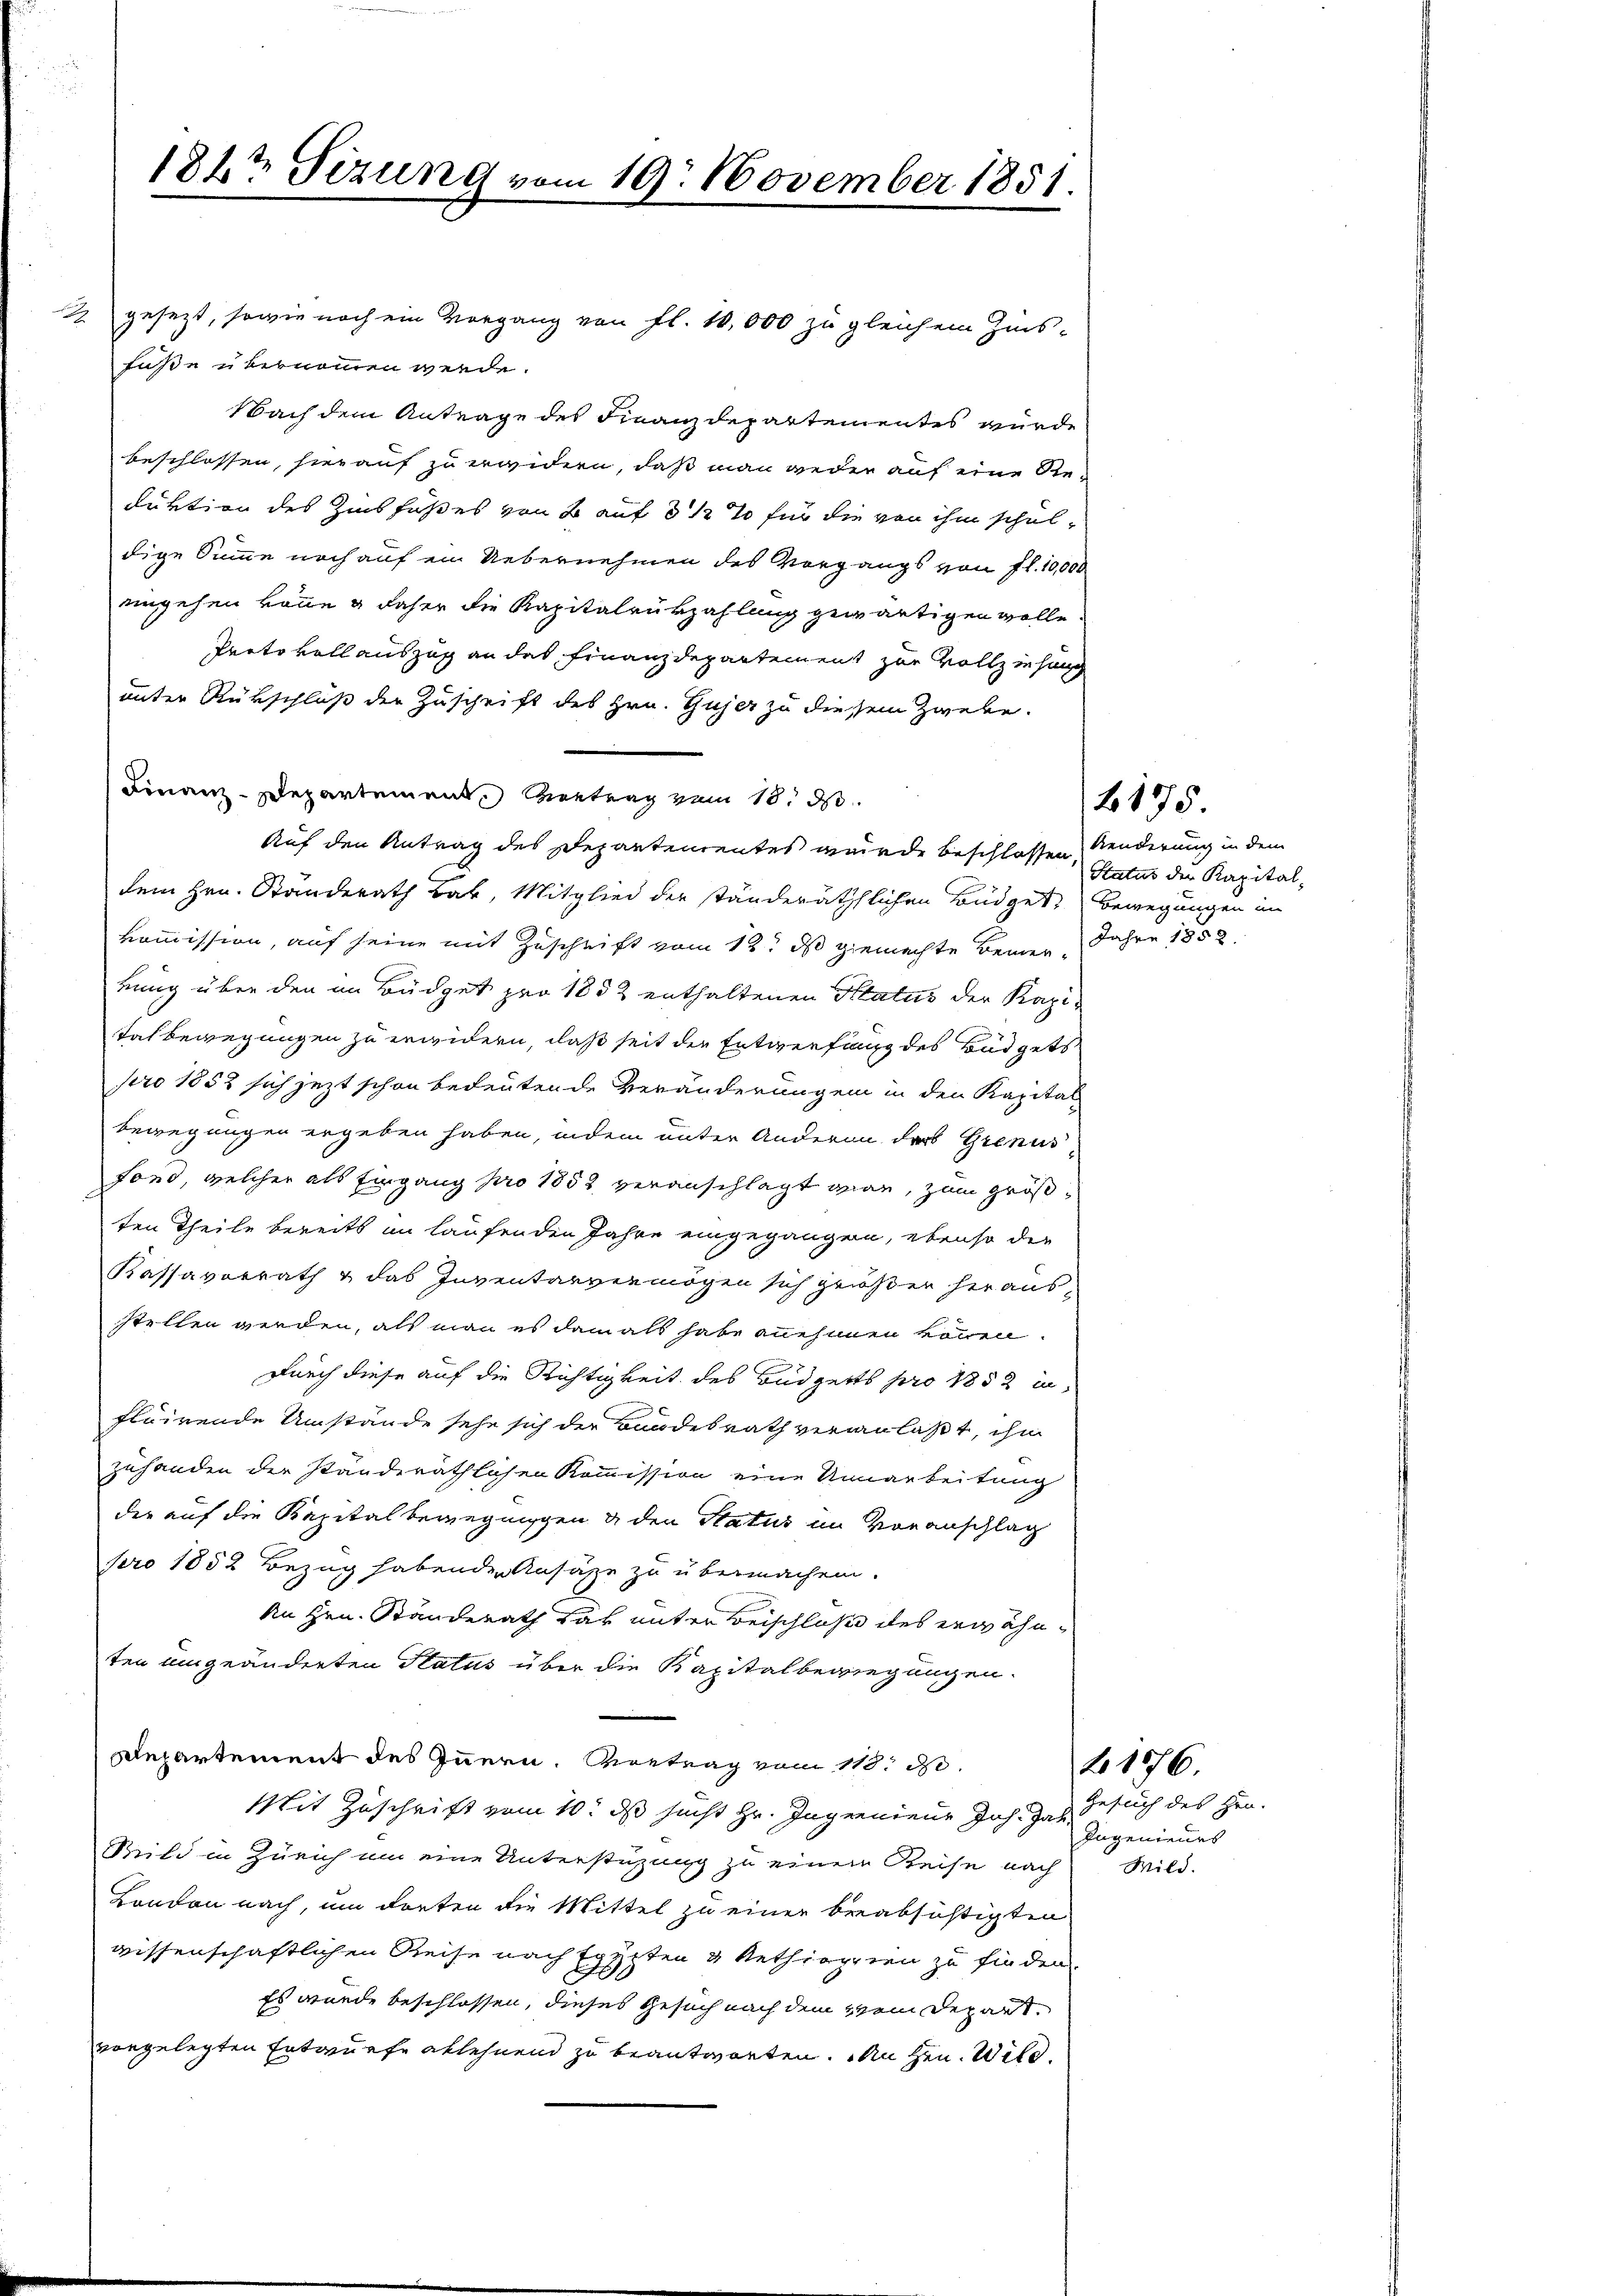
1822 Tizung vom 19. November 1851.

F
gesezt, sowie noch ein Vorgang von fl. 10,000 zu gleichem Zins-
füße übernommen werde.
Nach dem Antrage des Finanzdepartementes wurde
beschlossen, hierauf zu erwidern, daß man wieder auf eine Reduktion des Zinsfußes von B auf 8 ½ % für die von ihm schuldige Summe noch auf ein Uebernehmen des Vorgangs von fl. 10,000
engehen könne & daher die Kapitalrükzahlung gewärtigen wolle
Protokoll auszug an das Finanzdepartement zur Vollziehung
unter Rükschluß der Zuschrift des Hrn. Gujer zu diesem Zwebe.
Finanz-Departement entrag vom 18. d
Auf den Antrag des Departenrentes wurde beschlossen Kinderung in dem
dem Hrn. Standerath Bar, Mitglied der ständeräthlichen Büdget, Bewegungen im
kommission, auf seine mit Zuschrift vom 12t ds gemachte Bemer- Jahre 1852
rung über den im Büdget pro 1852 enthaltenen Status der Kapitalbewegungen zu erwidern, daß seit der Entwerfung des Büdgets
pro 1852 sich jezt schon bedeutende Veränderungen in den Kapital
bewegungen ergeben haben, indem unter Anderen der Grenus
fono, welcher als Eingang pro 1852 veranschlagt war, zum größten Theile bereits im laufenden Jahre eingegangen, ebenso der
Kassavorrath & das Inventarvermögen sich größer heraus-
stellen werden, als man es damals habe annehmen können.
Durch diese auf die Richtigkeit des Büdgets pro 1882 in
fluirende Umstände sehe sich der Bundesrath veranlaßt, ihm
zuhanden der standeräthlichen Kommission eine Unnarbeitung
der auf die Kapital bewegnigen & den Status im Voranschlag
pro 1852 Bezug habenden Ansätze zu übermachen.
An Hrn. Ständerath dar unter Beischluß des erwähnten umgeänderten Platus über die Kapitalbewegungen.
Departement des Innern. Vortrag vom 118. d.
Mit Zuschrift vom 10. ds sucht Hr. Ingenieur Joh. Jac. Gesuch des Hrn.
Bild in Zürich um eine Unterstüzung zu einem Reise nach Wild-
London nach, um dorten die Mittel zu einer beabsichtigten
wissenschaftlichen Reise nach Egypten 4 Rethiopeien zu finden.
Es wurde beschlossen, dieses Gesuch nach dem vom Depart.
vorgelegten Entwurfe ablehnend zu beantworten. Man hrn. Wild

Status der Kapital¬

2175.

Ingenieurs

to 1776.